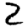
Digit: 2